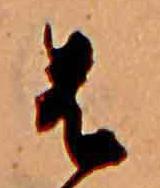
は